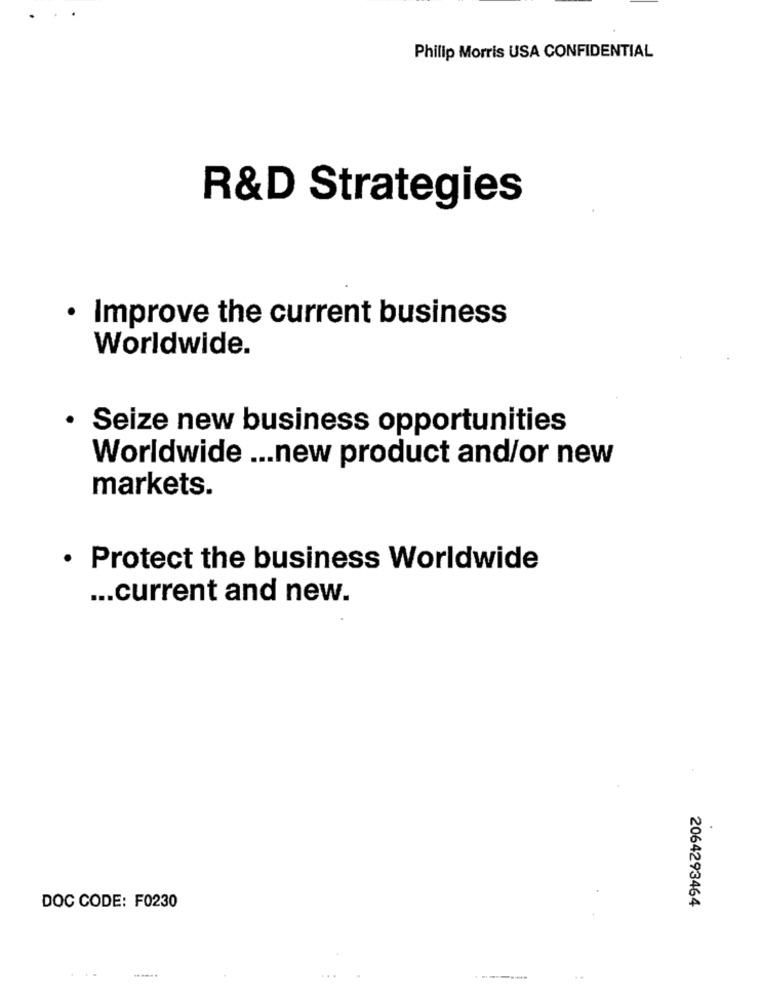
Philip Morris USA CONFIDENTIAL
R&D Strategies
· Improve the current business
Worldwide.
Seize new business opportunities
Worldwide ... new product and/or new
markets.
· Protect the business Worldwide
... current and new.
2064293464
DOC CODE: F0230
...